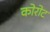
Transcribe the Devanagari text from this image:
कोरोट